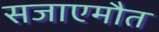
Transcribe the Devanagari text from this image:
सजाएमौत